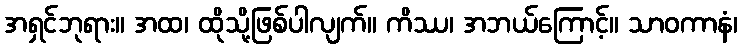
အရှင်ဘုရား။ အထ၊ ထိုသို့ဖြစ်ပါလျက်။ ကိဿ၊ အဘယ်ကြောင့်။ သာဝကာနံ၊